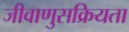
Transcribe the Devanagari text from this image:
जीवाणुसक्रियता